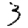
Digit: 3